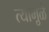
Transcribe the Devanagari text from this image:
त्यामु़ळे